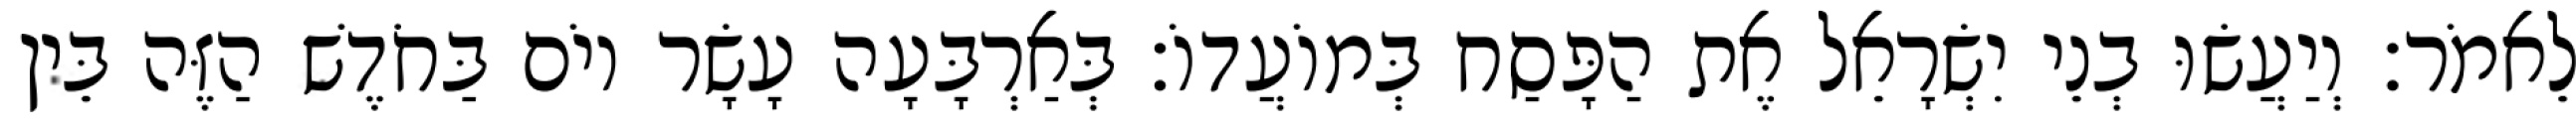
לֵאמֹר׃ וְיַעֲשׂוּ בְנֵי יִשְׂרָאֵל אֶת הַפָּסַח בְּמוֹעֲדוֹ׃ בְּאַרְבָּעָה עָשָׂר יוֹם בַּחֹדֶשׁ הַזֶּה בֵּין